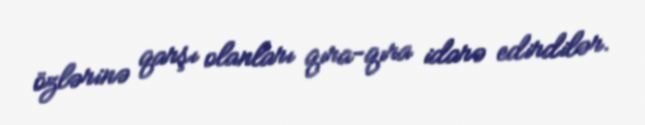
özlərinə qarşı olanları qıra-qıra idarə edirdilər.